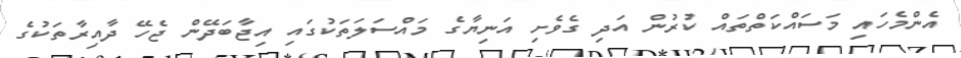
އެންމެހައި މަސައްކަތްތައް ކުރުން އަދި ގެވެށި އަނިޔާގެ މައްސަލަތަކުގައި އިޖާބަދޭން ޖެހޭ ދާއިރާތަކުގެ